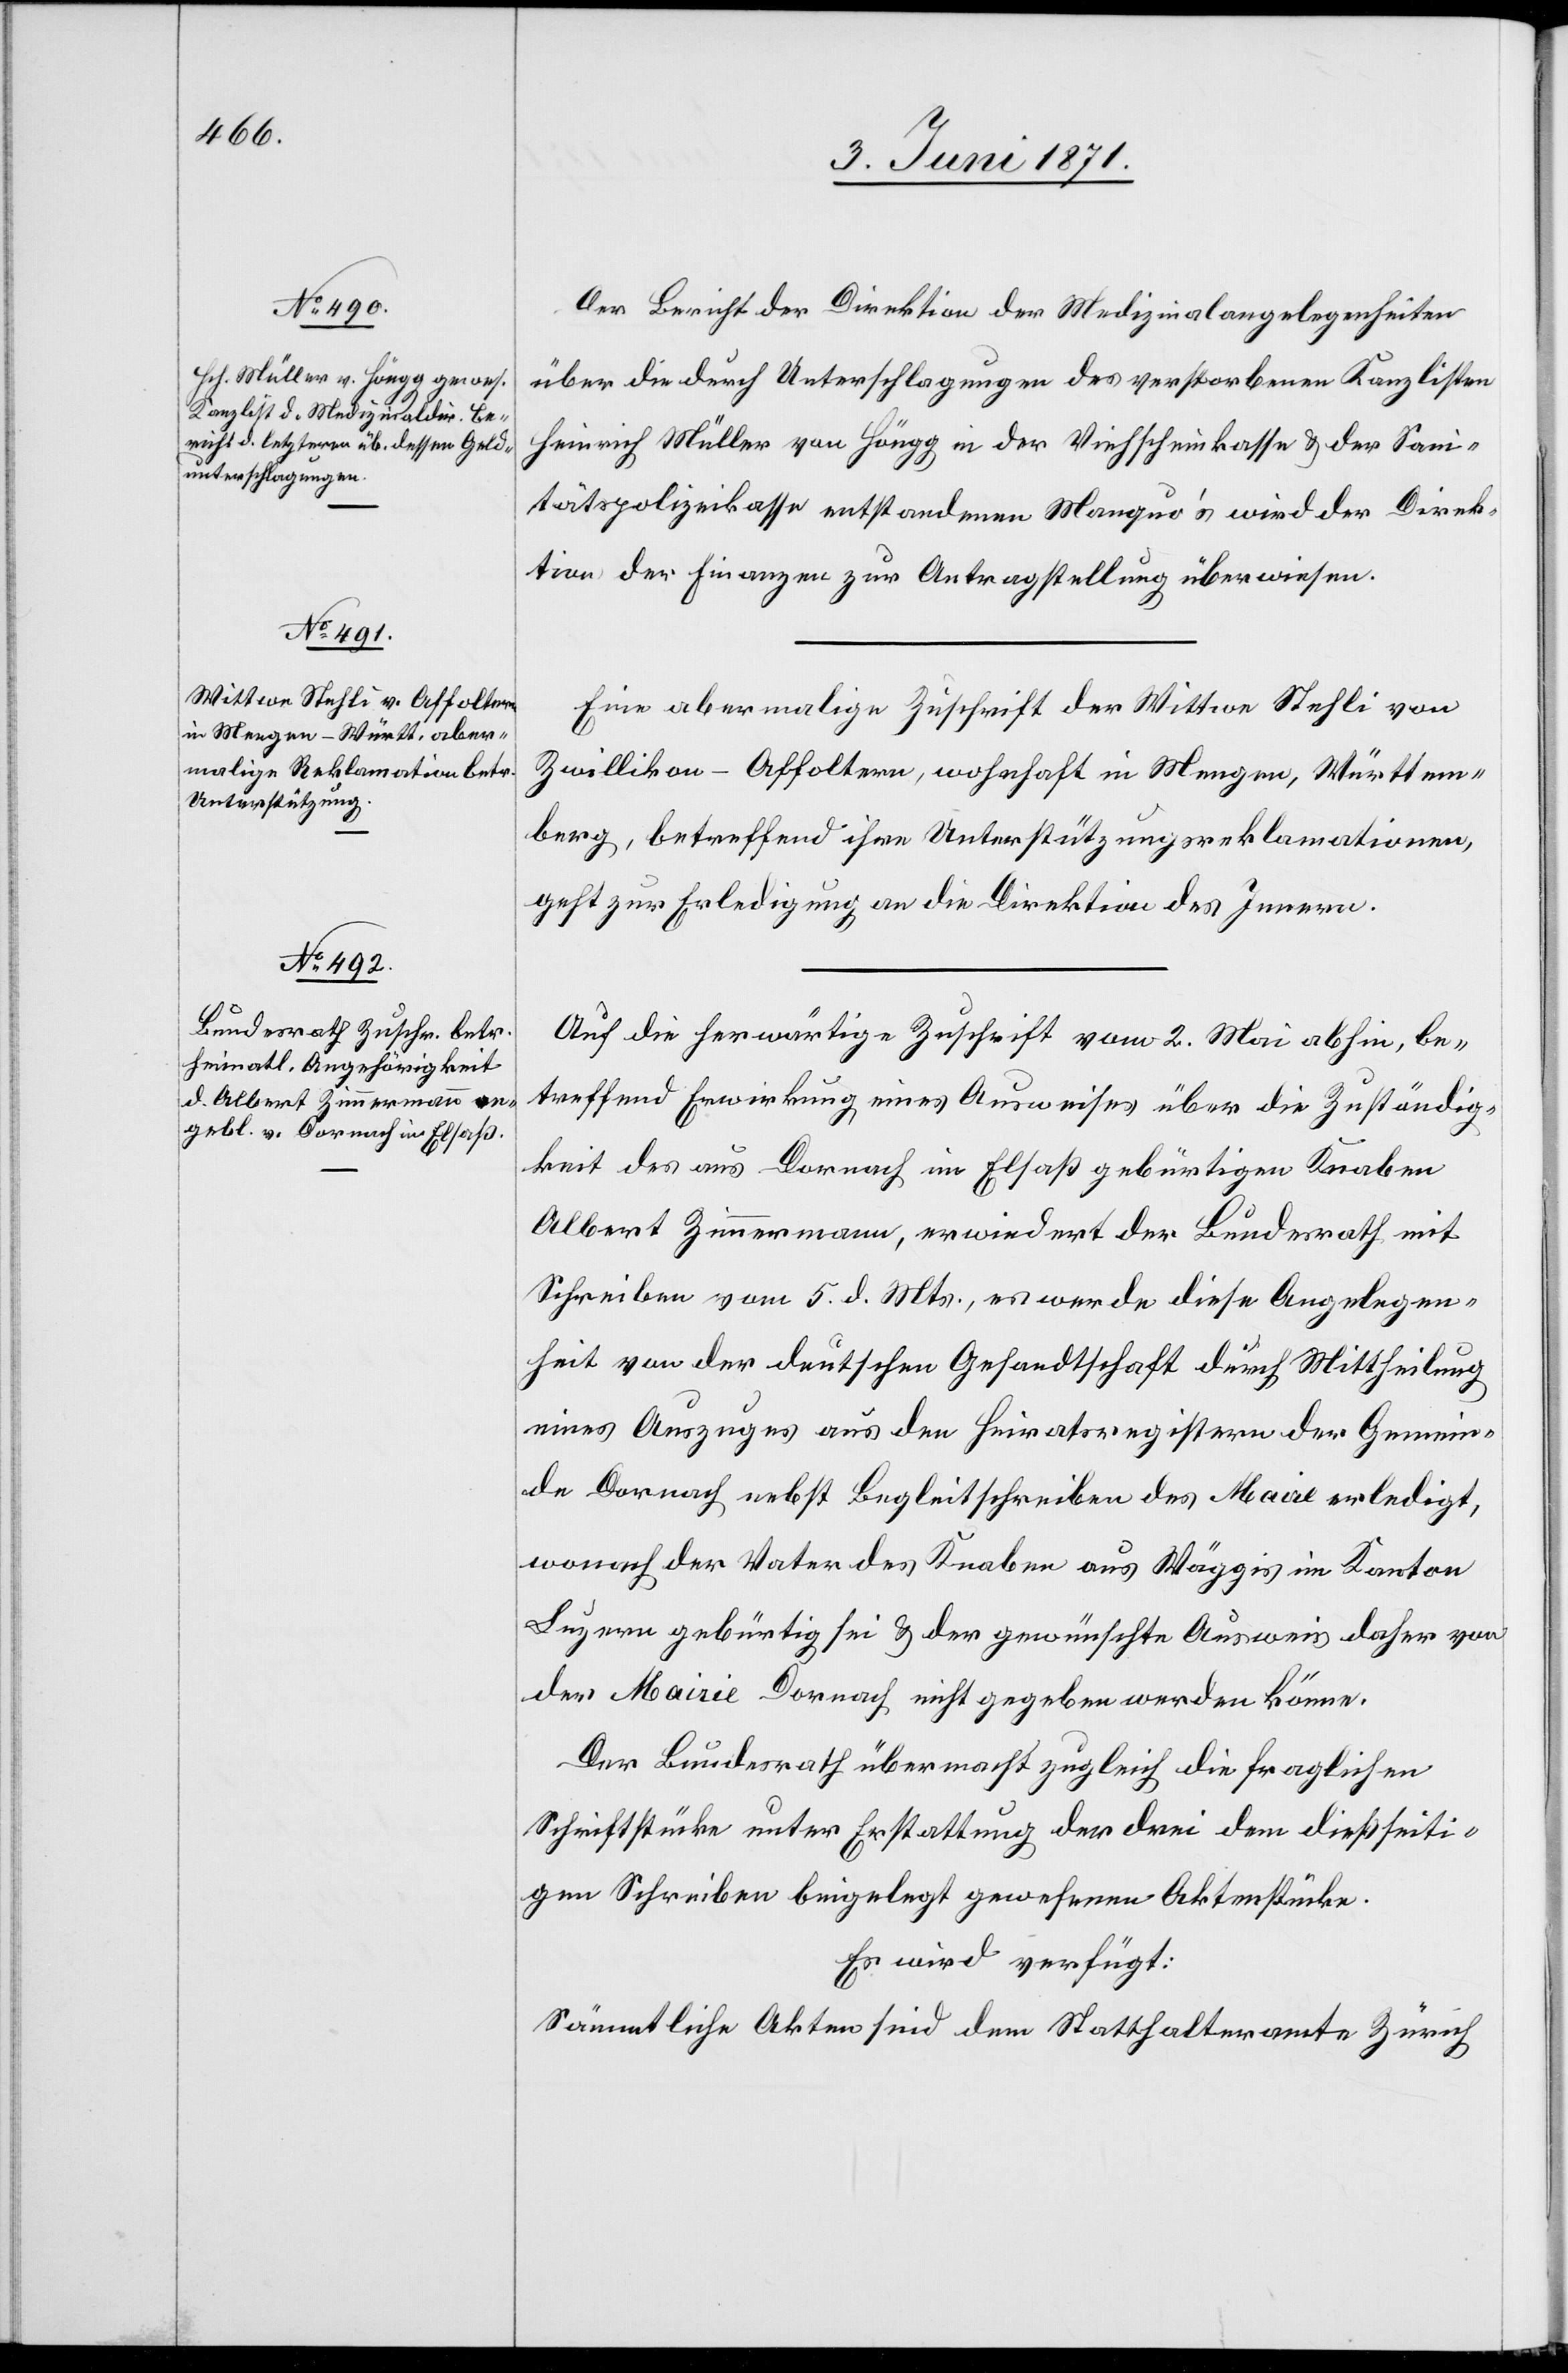
8. Juni 1871.]
Der Bericht der Direktion der Medizinalangelegenheiten
über die durch Unterschlagungen des verstorbenen Kanzlisten
Heinrich Müller von Höngg in der Viehscheinkasse u. der Sani¬
tätspolizeikasse entstandenen Manquo’s wird der Direk¬
tion der Finanzen zur Antragstellung überwiesen.
Eine abermalige Zuschrift der Wittwe Stehli von
Zwillikon-Affoltern, wohnhaft in Mengen, Württem¬
berg, betreffend ihre Unterstützungsreklamationen,
geht zur Erledigung an die Direktion des Innern.
Auf die herwärtige Zuschrift vom 2. Mai abhin, be¬
treffend Erwirkung eines Ausweises über die Zuständig¬
keit des aus Dornach im Elsaß gebürtigen Knaben
Albert Zimmermann, erwiedert der Bundesrath mit
Schreiben vom 5. d. Mts., es werde diese Angelegen¬
heit von der deutschen Gesandtschaft durch Mittheilung
eines Auszuges aus den Heiratsregistern der Gemein¬
de Dornach nebst Begleitschreiben des Maire erledigt,
wonach der Vater des Knaben aus Wäggis im Kanton
Luzern gebürtig sei u. der gewünschte Ausweis daher von
der Mairie Dornach nicht gegeben werden könne.
Der Bundesrath übermacht zugleich die fraglichen
Schriftstücke unter Erstattung der drei dem dießseiti¬
gen Schreiben beigelegt gewesenen Aktenstücke.
Es wird verfügt:
Sämmtliche Akten sind dem Statthalteramt Zürich